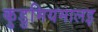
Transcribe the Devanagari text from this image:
कुडुमियमालइ